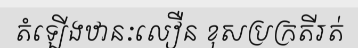
តំឡើងឋានៈលឿន ខុសប្រក្រតីរត់